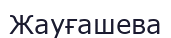
Жауғашева